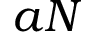
a N